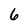
Character: 6